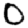
Digit: 0